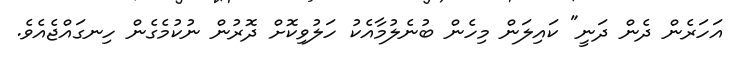
އަހަރެން ދެން ދަނީ" ކައިލަން މިހެން ބުނެލުމާއެކު ހަލުވިކޮށް ދޮރުން ނުކުމެގެން ހިނގައްޖެއެވެ.